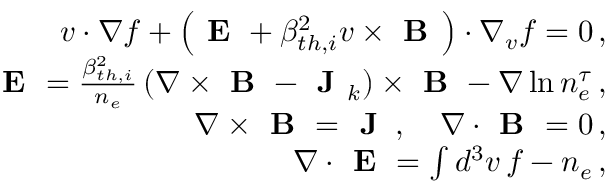
\begin{array} { r l r } & { } & { \boldsymbol { v } \cdot \nabla f + \left( \textbf { E } + \beta _ { t h , i } ^ { 2 } \boldsymbol { v } \times \textbf { B } \right) \cdot \nabla _ { v } f = 0 \, , } \\ & { } & { \textbf { E } = \frac { \beta _ { t h , i } ^ { 2 } } { n _ { e } } \left( \nabla \times \textbf { B } - \textbf { J } _ { k } \right) \times \textbf { B } - \nabla \ln n _ { e } ^ { \tau } \, , } \\ & { } & { \nabla \times \textbf { B } = \textbf { J } \, , \quad \nabla \cdot \textbf { B } = 0 \, , } \\ & { } & { \nabla \cdot \textbf { E } = \int d ^ { 3 } v \, f - n _ { e } \, , } \end{array}